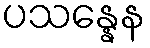
ပသန္နေန